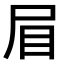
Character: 𭕘